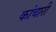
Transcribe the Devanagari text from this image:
कांचारी